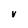
Character: V